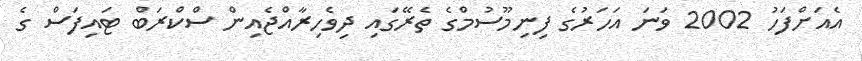
އެއަށްފަހު 2002 ވަނަ އަހަރުގެ ފިނިމޫސުމްގެ ތެރޭގައި ދިވެހިރާއްޖެއިން ސްކްރަބް ޓައިފަސް ގެ